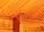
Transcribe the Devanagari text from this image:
एक्‍रीड